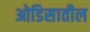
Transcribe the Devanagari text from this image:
ओडिसातील